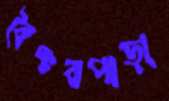
বৈঞ্চবপাড়া